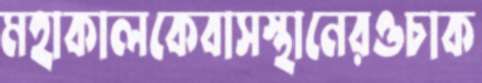
মহাকালকেবাসস্থানেরওচাক